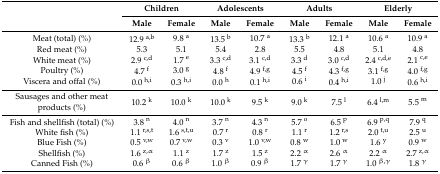
<table><thead><tr><td rowspan="2"></td><td colspan="2"><b>Children</b></td><td colspan="2"><b>Adolescents</b></td><td colspan="2"><b>Adults</b></td><td colspan="2"><b>Elderly</b></td></tr><tr><td><b>Male</b></td><td><b>Female</b></td><td><b>Male</b></td><td><b>Female</b></td><td><b>Male</b></td><td><b>Female</b></td><td><b>Male</b></td><td><b>Female</b></td></tr></thead><tbody><tr><td>Meat (total) (%)</td><td>12.9 <sup>a,b</sup></td><td>9.8 <sup>a</sup></td><td>13.5 <sup>b</sup></td><td>10.7 <sup>a</sup></td><td>13.3 <sup>b</sup></td><td>12.1 <sup>a</sup></td><td>10.6 <sup>a</sup></td><td>10.9 <sup>a</sup></td></tr><tr><td>Red meat (%)</td><td>5.3</td><td>5.1</td><td>5.4</td><td>2.8</td><td>5.5</td><td>4.8</td><td>5.1</td><td>4.8</td></tr><tr><td>White meat (%)</td><td>2.9 <sup>c,d</sup></td><td>1.7 <sup>e</sup></td><td>3.3 <sup>c,d</sup></td><td>3.1 <sup>c,d</sup></td><td>3.3 <sup>d</sup></td><td>3.0 <sup>c,d</sup></td><td>2.4 <sup>c,d,e</sup></td><td>2.1 <sup>c,e</sup></td></tr><tr><td>Poultry (%)</td><td>4.7 <sup>f</sup></td><td>3.0 <sup>g</sup></td><td>4.8 <sup>f</sup></td><td>4.9 <sup>f,g</sup></td><td>4.5 <sup>f</sup></td><td>4.3 <sup>f,g</sup></td><td>3.1 <sup>f,g</sup></td><td>4.0 <sup>f,g</sup></td></tr><tr><td>Viscera and offal (%)</td><td>0.0 <sup>h,i</sup></td><td>0.3 <sup>h,i</sup></td><td>0.0 <sup>h</sup></td><td>0.1 <sup>h,i</sup></td><td>0.6 <sup>i</sup></td><td>0.4 <sup>h,i</sup></td><td>1.0 <sup>j</sup></td><td>0.6 <sup>h,i</sup></td></tr><tr><td>Sausages and other meat products (%)</td><td>10.2 <sup>k</sup></td><td>10.0 <sup>k</sup></td><td>10.0 <sup>k</sup></td><td>9.5 <sup>k</sup></td><td>9.0 <sup>k</sup></td><td>7.5 <sup>l</sup></td><td>6.4 <sup>l,m</sup></td><td>5.5 <sup>m</sup></td></tr><tr><td>Fish and shellfish (total) (%)</td><td>3.8 <sup>n</sup></td><td>4.0 <sup>n</sup></td><td>3.7 <sup>n</sup></td><td>4.3 <sup>n</sup></td><td>5.7 <sup>o</sup></td><td>6.5 <sup>p</sup></td><td>6.9 <sup>p,q</sup></td><td>7.9 <sup>q</sup></td></tr><tr><td>White fish (%)</td><td>1.1 <sup>r,s,t</sup></td><td>1.6 <sup>s,t,u</sup></td><td>0.7 <sup>r</sup></td><td>0.8 <sup>r</sup></td><td>1.1 <sup>r</sup></td><td>1.2 <sup>r,s</sup></td><td>2.0 <sup>t,u</sup></td><td>2.5 <sup>u</sup></td></tr><tr><td>Blue Fish (%)</td><td>0.5 <sup>v,w</sup></td><td>0.7 <sup>v,w</sup></td><td>0.3 <sup>v</sup></td><td>1.0 <sup>v,w</sup></td><td>0.8 <sup>w</sup></td><td>1.0 <sup>w</sup></td><td>1.6 <sup>y</sup></td><td>0.9 <sup>w</sup></td></tr><tr><td>Shellfish (%)</td><td>1.6 <sup>z,α</sup></td><td>1.1 <sup>z</sup></td><td>1.7 <sup>z</sup></td><td>1.5 <sup>z</sup></td><td>2.2 <sup>α</sup></td><td>2.6 <sup>α</sup></td><td>2.2 <sup>α</sup></td><td>2.7 <sup>z,α</sup></td></tr><tr><td>Canned Fish (%)</td><td>0.6 <sup>β</sup></td><td>0.6 <sup>β</sup></td><td>1.0 <sup>β</sup></td><td>0.9 <sup>β</sup></td><td>1.7 <sup>γ</sup></td><td>1.7 <sup>γ</sup></td><td>1.0 <sup>β,γ</sup></td><td>1.8 <sup>γ</sup></td></tr></tbody></table>